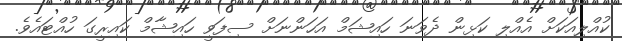
ކުއްލިއަކަށް އެއްލި ކަޅިން ދެވަނަ ހައިޝަމް އަހަންނަށް ސިފަވީ ހައިޝާމް ކައިރީގަ ހުއްޓައެވެ.